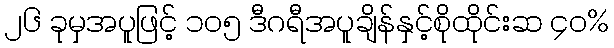
၂၆ ခုမှအပူဖြင့် ၁၀၅ ဒီဂရီအပူချိန်နှင့်စိုထိုင်းဆ ၄၀%